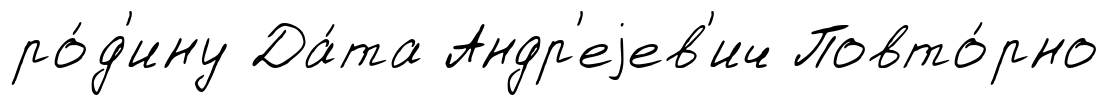
ро́д'ину Да́та Андр'еjев'ич Повто́рно